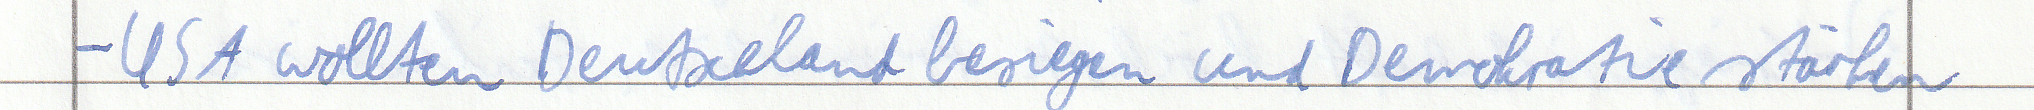
- USA wollten Deutschland besiegen und Demokratie stärken